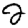
Digit: 2